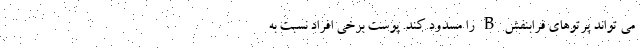
می تواند پرتوهای فرابنفش B را مسدود کند. پوست برخی افراد نسبت به